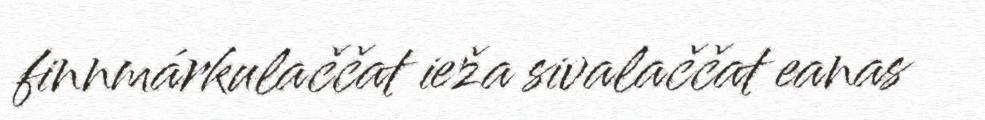
finnmárkulaččat ieža sivalaččat eanas